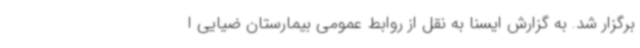
برگزار شد. به گزارش ایسنا به نقل از روابط عمومی بیمارستان ضیایی ا